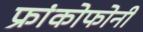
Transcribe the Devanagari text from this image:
फ्रांकोफोनी